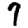
Digit: 7